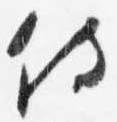
侍